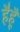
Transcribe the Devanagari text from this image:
हैहूँ